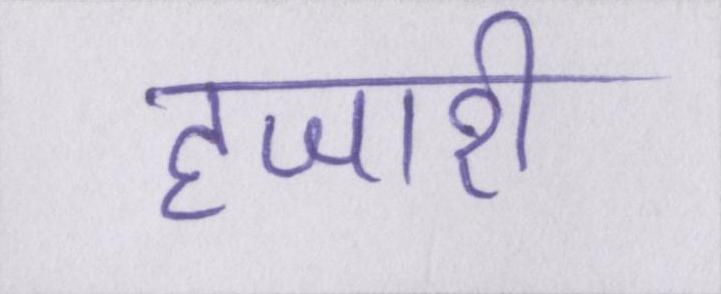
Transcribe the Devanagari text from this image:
हजारी